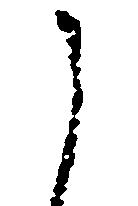
し